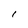
Character: l